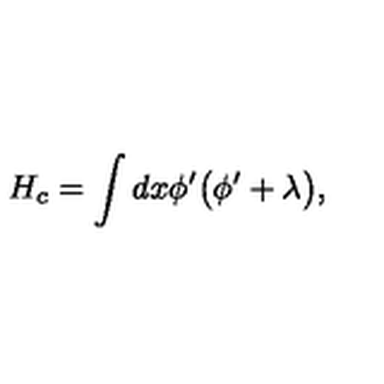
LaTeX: H _ { c } = \int d x \phi ^ { \prime } \bigl ( \phi ^ { \prime } + \lambda \bigr ) ,